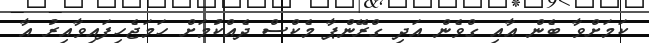
ކަމަށްވާ ބެން އާއި ގްވެން އަދި ގްރޭންޕާ މެކްސް ދެއްކުމަށް ހަމަޖެހިފައިވާއިރު އާ